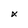
Character: x